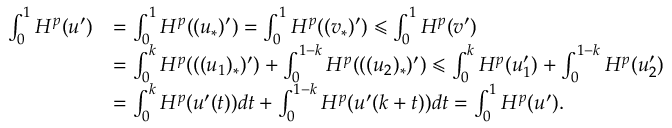
\begin{array} { r l } { \int _ { 0 } ^ { 1 } H ^ { p } ( u ^ { \prime } ) } & { = \int _ { 0 } ^ { 1 } H ^ { p } ( ( u _ { * } ) ^ { \prime } ) = \int _ { 0 } ^ { 1 } H ^ { p } ( ( v _ { * } ) ^ { \prime } ) \leqslant \int _ { 0 } ^ { 1 } H ^ { p } ( v ^ { \prime } ) } \\ & { = \int _ { 0 } ^ { k } H ^ { p } ( ( ( u _ { 1 } ) _ { * } ) ^ { \prime } ) + \int _ { 0 } ^ { 1 - k } H ^ { p } ( ( ( u _ { 2 } ) _ { * } ) ^ { \prime } ) \leqslant \int _ { 0 } ^ { k } H ^ { p } ( u _ { 1 } ^ { \prime } ) + \int _ { 0 } ^ { 1 - k } H ^ { p } ( u _ { 2 } ^ { \prime } ) } \\ & { = \int _ { 0 } ^ { k } H ^ { p } ( u ^ { \prime } ( t ) ) d t + \int _ { 0 } ^ { 1 - k } H ^ { p } ( u ^ { \prime } ( k + t ) ) d t = \int _ { 0 } ^ { 1 } H ^ { p } ( u ^ { \prime } ) . } \end{array}